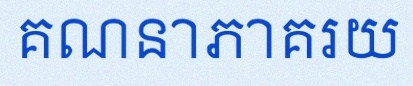
គណនាភាគរយ